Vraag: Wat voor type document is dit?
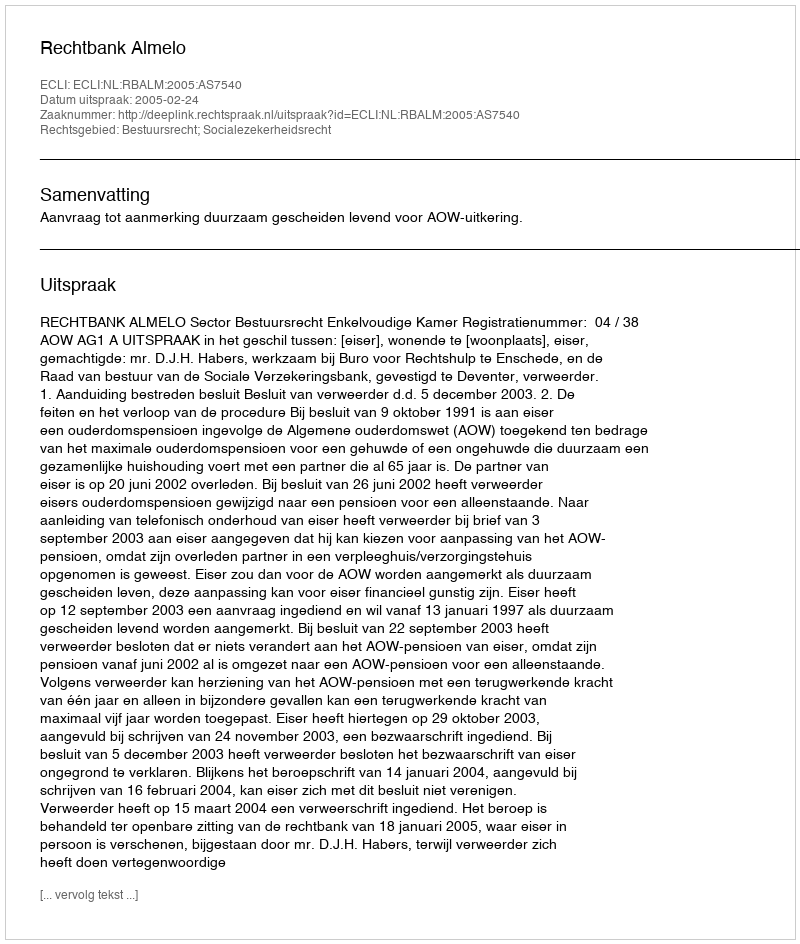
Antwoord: Uitspraak